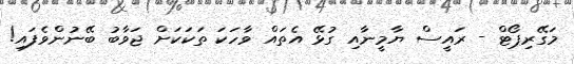
މަގޭރިޕޯޓް - ރައީސް ޔާމީނާއި ގުޅޭ އެތައް ވާހަކަ ތަކަކަށް ޖަވާބު ބޭނުންވެފައި!